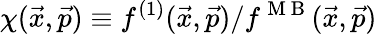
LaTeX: \chi(\vec{x},\vec{p})\equiv f^{(1)}(\vec{x},\vec{p})/f^{\mathrm{~M~B~}}(\vec{x},\vec{p})